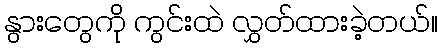
နွားတွေကို ကွင်းထဲ လွှတ်ထားခဲ့တယ်။